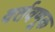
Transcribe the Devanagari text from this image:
वर्तवणूक